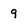
Character: 9